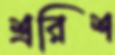
শ্ররিশ